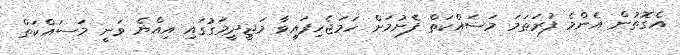
އެގޮތުން އެންމެ ފުރަތަމަ މަސައްކަތް ފެށުމަށް ހަމަޖެހިފައިވާ މަޖީދީމަގުގައި އިއްޔެ ވަނީ މަސައްކަތް